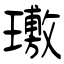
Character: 璷